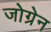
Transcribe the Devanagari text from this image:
जोग्रेन